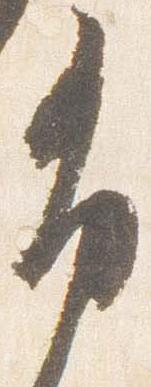
布